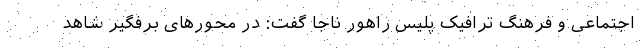
اجتماعی و فرهنگ ترافیک پلیس راهور ناجا گفت: در محورهای برفگیر شاهد